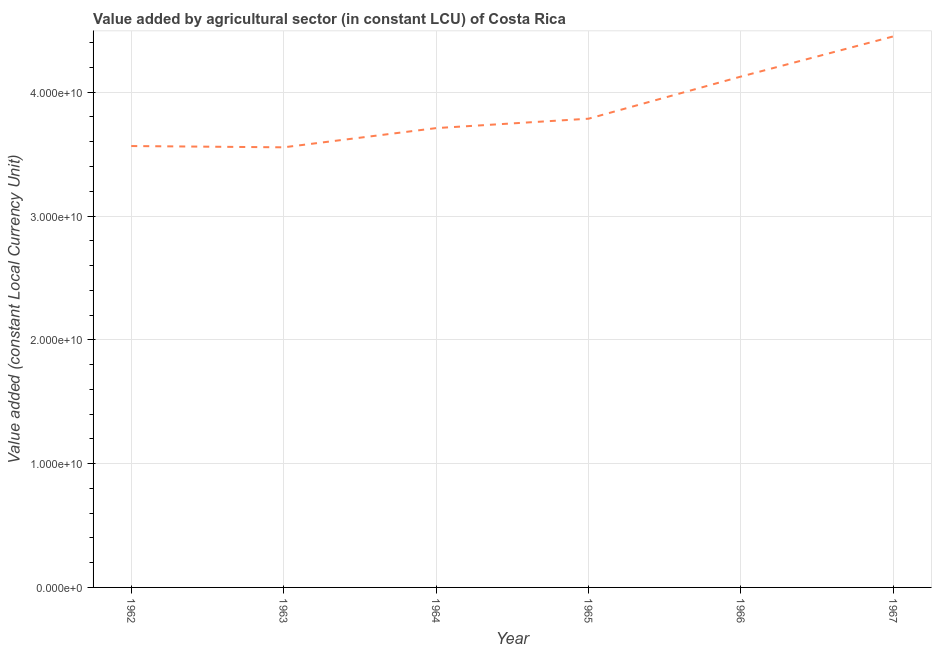
| Year | Agriculture |
 | --- | --- |
 | 1962 | 3.57e+10 |
 | 1963 | 3.56e+10 |
 | 1964 | 3.71e+10 |
 | 1965 | 3.79e+10 |
 | 1966 | 4.13e+10 |
 | 1967 | 4.45e+10 |